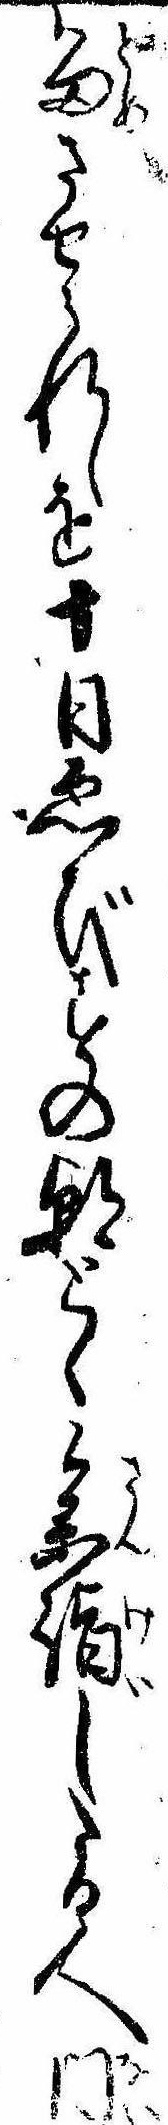
留させられしを十日ゑびすの朝とく参詣したる人内